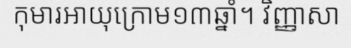
កុមារអាយុក្រោម១៣ឆ្នាំ។ វិញ្ញាសា